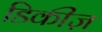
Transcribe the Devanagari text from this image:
डिकीज़